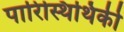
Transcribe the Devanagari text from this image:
पारिस्थिथिकी